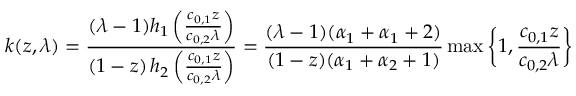
k ( z , \lambda ) = \frac { ( \lambda - 1 ) h _ { 1 } \left( \frac { c _ { 0 , 1 } z } { c _ { 0 , 2 } \lambda } \right) } { ( 1 - z ) \, h _ { 2 } \left( \frac { c _ { 0 , 1 } z } { c _ { 0 , 2 } \lambda } \right) } = \frac { ( \lambda - 1 ) ( \alpha _ { 1 } + \alpha _ { 1 } + 2 ) } { ( 1 - z ) ( \alpha _ { 1 } + \alpha _ { 2 } + 1 ) } \operatorname* { m a x } \bigg \{ 1 , \frac { c _ { 0 , 1 } z } { c _ { 0 , 2 } \lambda } \bigg \}